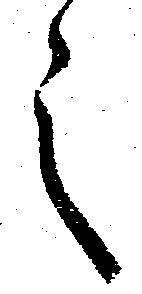
之